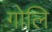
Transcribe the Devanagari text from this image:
गोलि